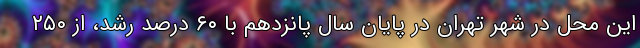
این محل در شهر تهران در پایان سال پانزدهم با ۶۰ درصد رشد، از ۲۵۰